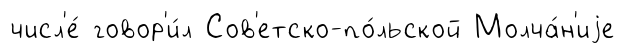
числ'е́ говор'и́л Сов'етско-по́льской Молча́н'иjе